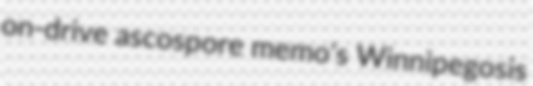
on-drive ascospore memo's Winnipegosis